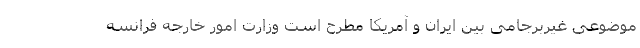
موضوعی غیربرجامی بین ایران و آمریکا مطرح است وزارت امور خارجه فرانسه